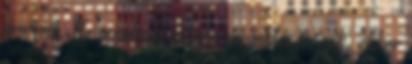
ára van. Ha mindenképp ez a megoldás tetszik, akkor